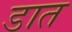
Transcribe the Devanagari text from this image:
डात